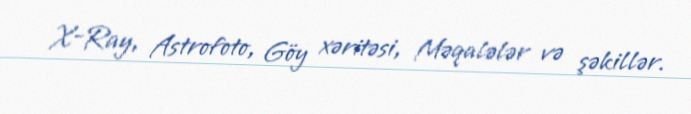
X-Ray, Astrofoto, Göy xəritəsi, Məqalələr və şəkillər.